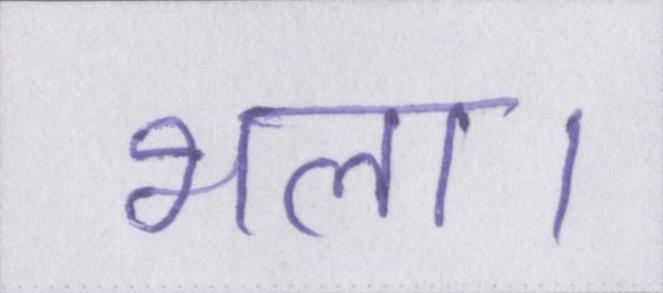
भला।